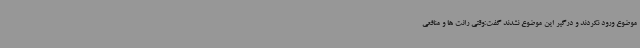
موضوع ورود نکردند و درگیر این موضوع نشدند گفت:وقتی رانت ها و منافعی